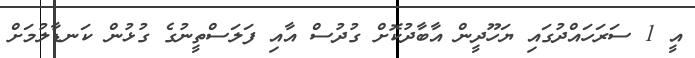
އީ 1 ސަރަހައްދުގައި ޔަހޫދީން އާބާދުކޮށް ގުދުސް އާއި ފަލަސްތީނުގެ ގުޅުން ކަނޑާލުމަށް